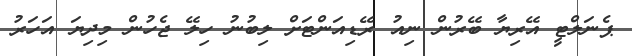
ޕެނަލްޓީ އޭރިޔާ ބޭރުން ނިއު ރޭޑިއަންޓަށް ލިބުނު ހިލޭ ޖެހުން މިދިޔަ އަހަރު